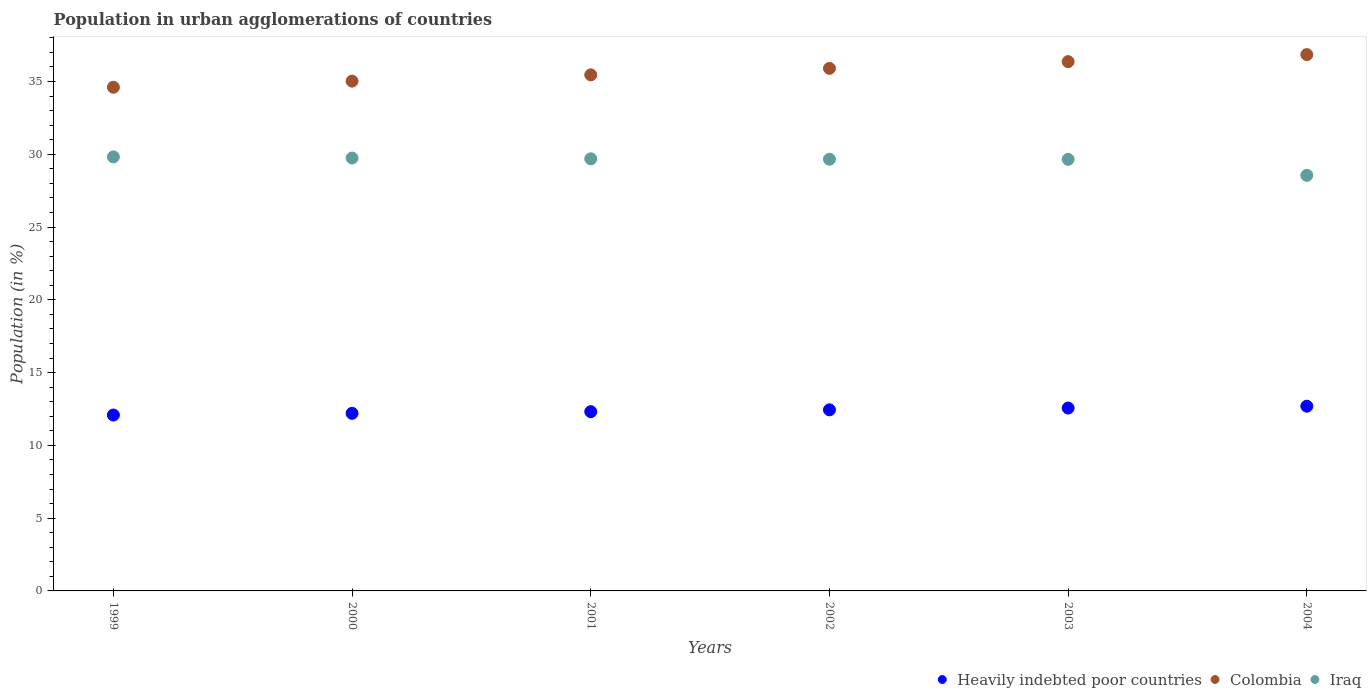
| Years | Heavily indebted poor countries | Colombia | Iraq |
 | --- | --- | --- | --- |
 | 1999 | 12.1 | 34.6 | 29.8 |
 | 2000 | 12.2 | 35 | 29.7 |
 | 2001 | 12.3 | 35.5 | 29.7 |
 | 2002 | 12.4 | 35.9 | 29.7 |
 | 2003 | 12.6 | 36.4 | 29.7 |
 | 2004 | 12.7 | 36.9 | 28.6 |